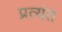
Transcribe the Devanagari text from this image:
प्रत्‍यंत